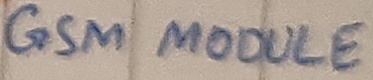
Text: GSM MODULE